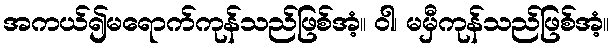
အကယ်၍မရောက်ကုန်သည်ဖြစ်အံ့။ ဝါ၊ မမှီကုန်သည်ဖြစ်အံ့။